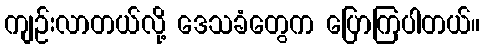
ကျဉ်းလာတယ်လို့ ဒေသခံတွေက ပြောကြပါတယ်။